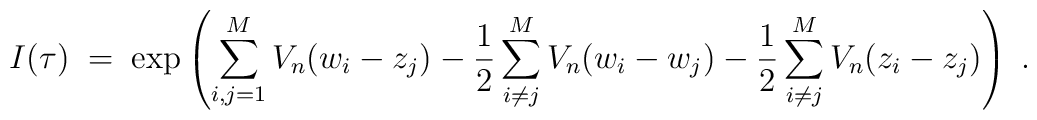
I(\tau) \; = \; \exp \left( \sum_{i,j=1}^M V_n(w_i -  z_j) - \frac{1}{2}\sum_{i \neq j}^M V_n(w_i - w_j)- \frac{1}{2}\sum_{i \neq j}^M V_n(z_i - z_j)  \right) \; .